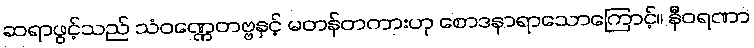
ဆရာဖွင့်သည် သံဝဏ္ဏေတဗ္ဗနှင့် မတန်တကားဟု စောဒနာရာသောကြောင့်။ နီဝရဏာ